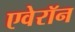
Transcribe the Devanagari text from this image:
एवेरॉन